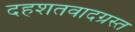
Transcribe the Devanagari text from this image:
दहशतवादग्रस्त